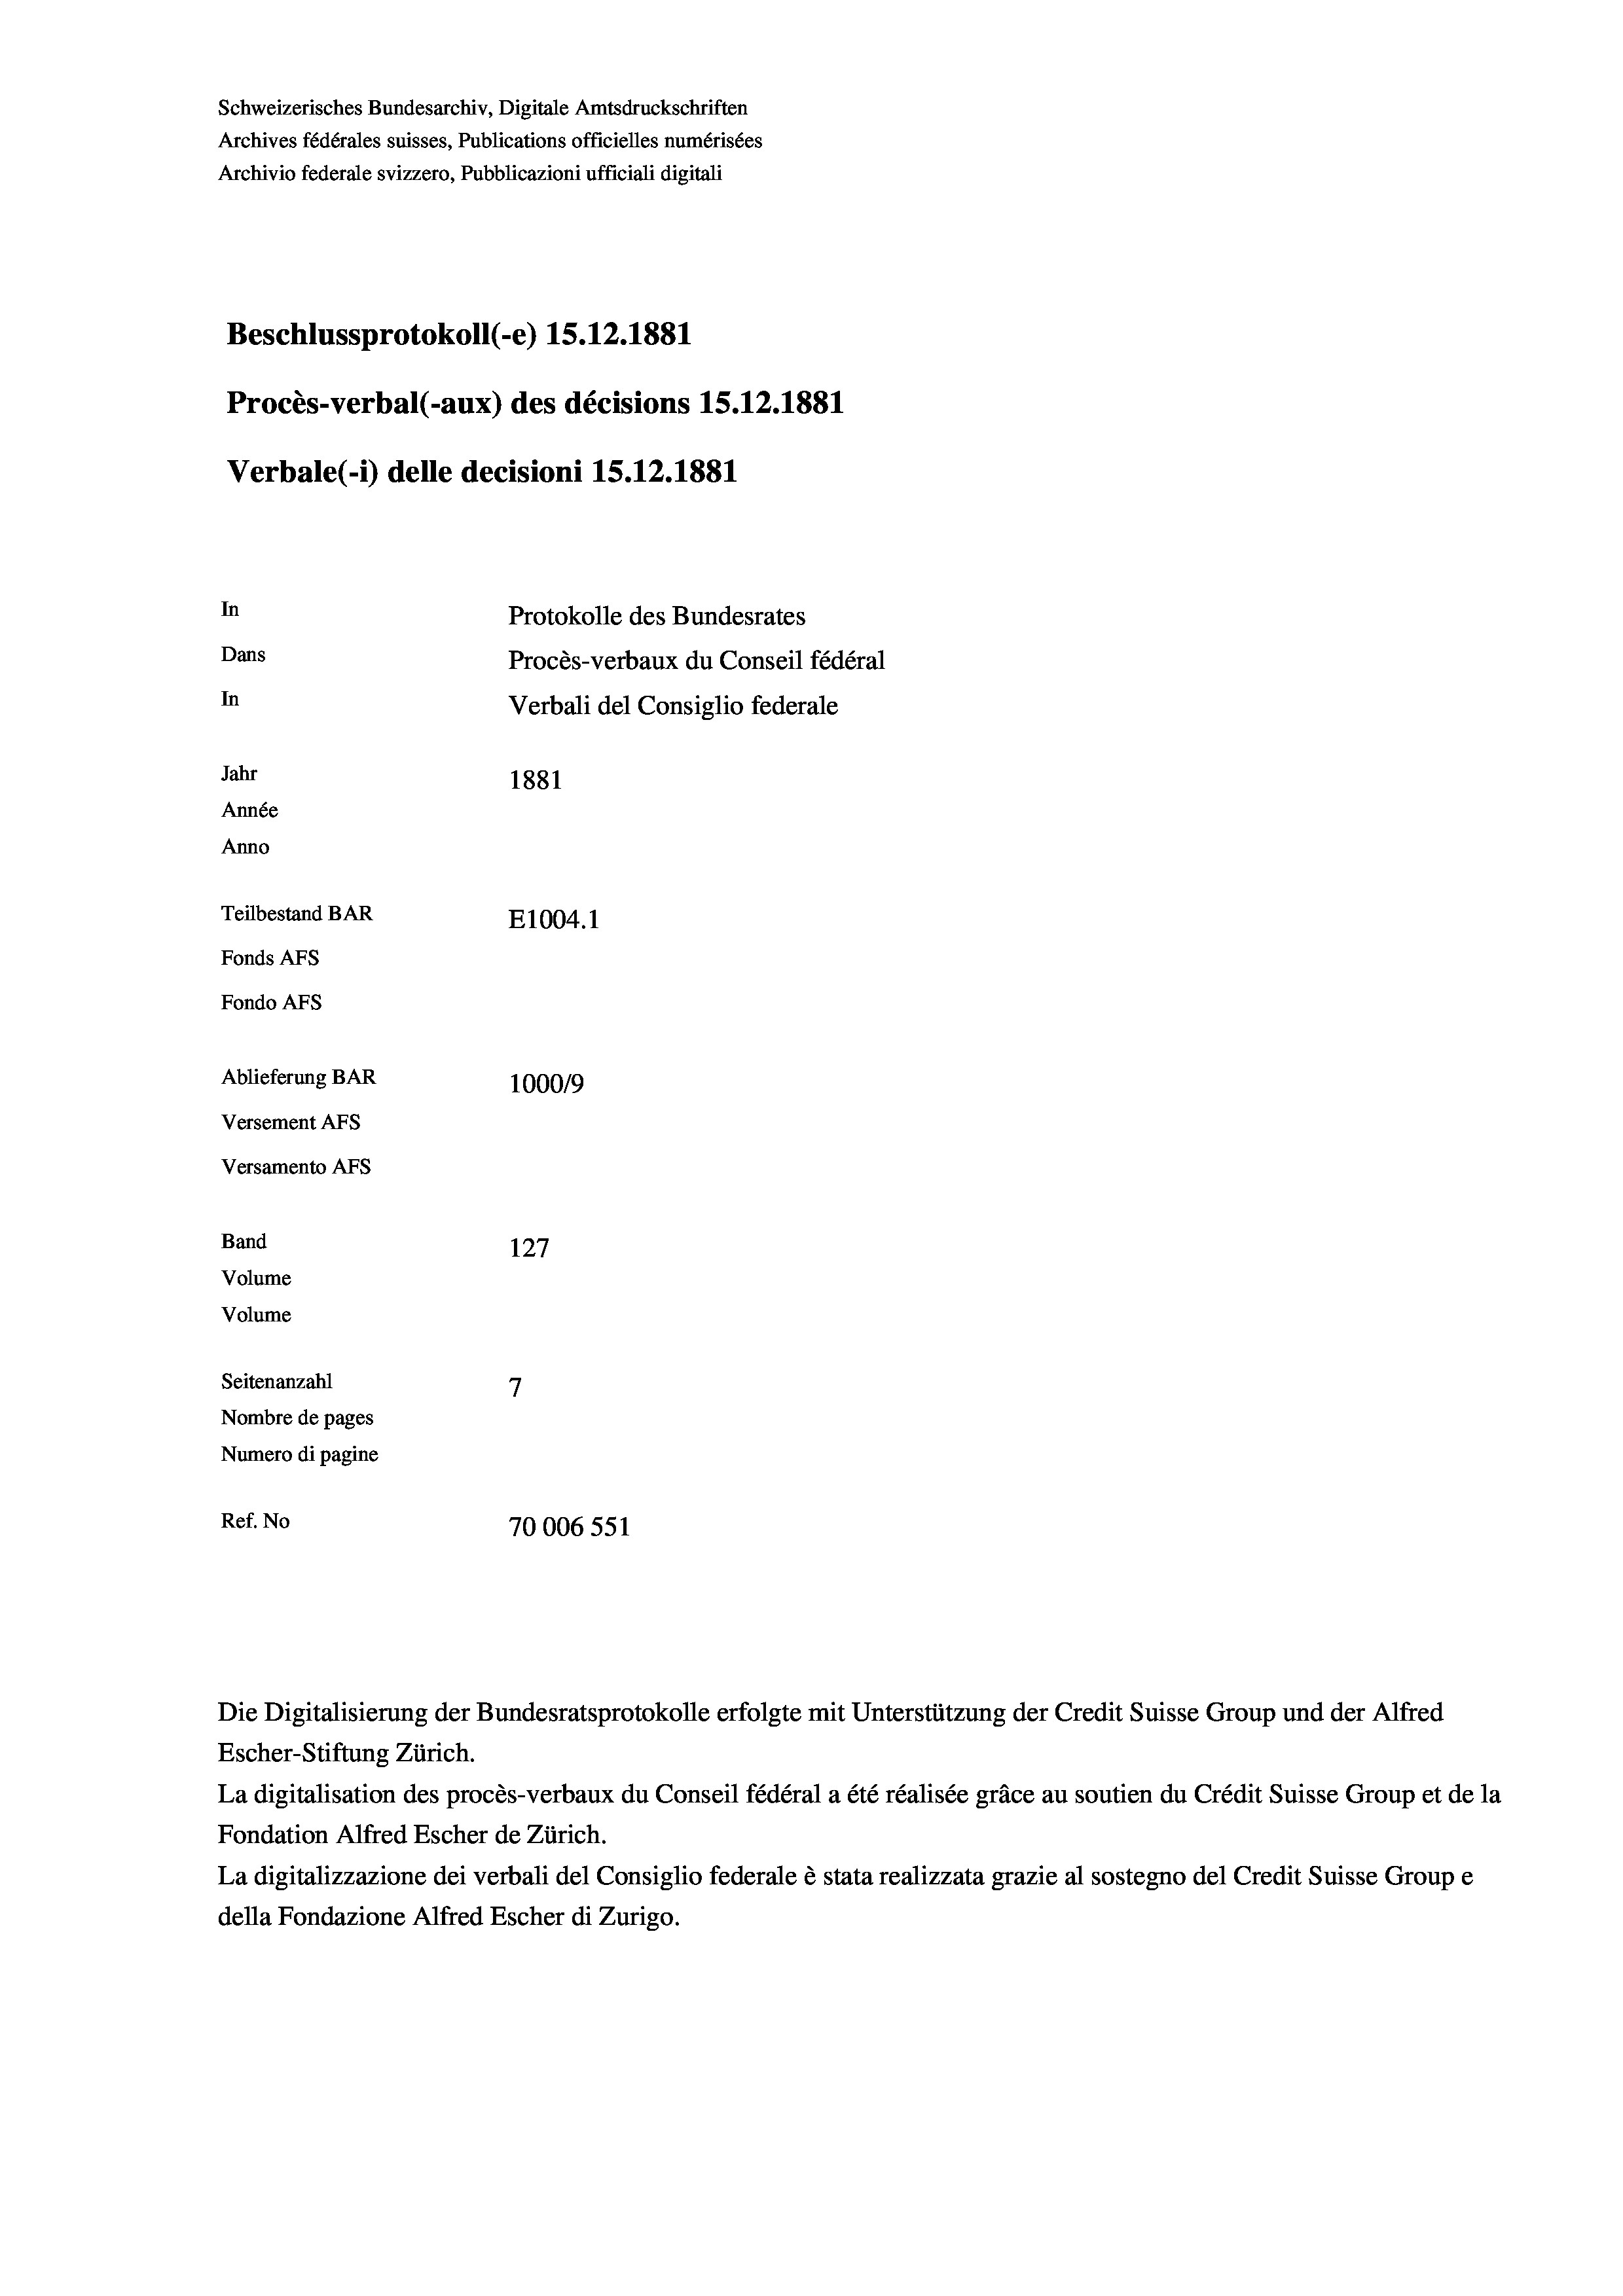
Schweizerisches Bundesarchiv, Digitale Amtsdruckschriften
Archives fédérales suisses, Publications officielles numérisées
Archivio federale svizzero, Pubblicazioni ufficiali digitali
Beschlussprotokoll (-e) 15.12.1881
Procès-verbal (-aux) des décisions 15.12.1881
Verbale (1) delle decisioni 15.12.1881
In
Protokolle des Bundesrates
Dans
In
Jahr
1881
Année
Anno
Teilbestand BAR
E1004.1
Fonds AFs
Fondo AFs
Ablieferung BAR
1000/9
Versement Abs
Versamento Afs
Band
127
Volume
Volume

7
Seitenanzahl
Nombre de pages
Numero di pagine
Ref. No
70006 551

Procès-verbaux du Conseil fédéral
Verbali del Consiglio federale

Die Digitalisierung der Bundesratsprotokolle erfolgte mit Unterstützung der Credit Suisse Group und der Alfred
Escher-Stiftung Zürich.
La digitalisation des procès-verbaux du Conseil fédéral a été réalisée gräce au soutien du Crédit Suisse Group et de la
Fondation Alfred Escher de Zürich.
La digitalizzazione dei verbali del Consiglio federale è stata realizzata grazie al sostegno del Credit Suisse Groupe
della Fondazione Alfred Escher di Zurigo.